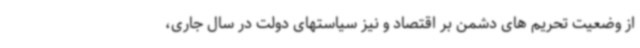
از وضعیت تحریم های دشمن بر اقتصاد و نیز سیاستهای دولت در سال جاری،